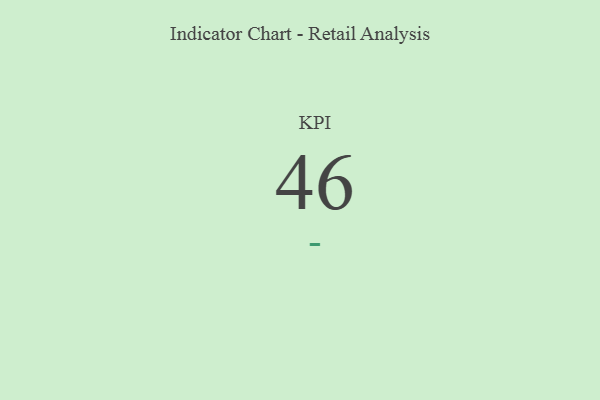
{"axis": {"x": "KPI", "y": "Value"}, "legend": [""], "data": [{"x": "KPI", "y": 46, "type": ""}]}